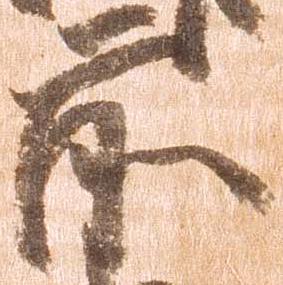
前